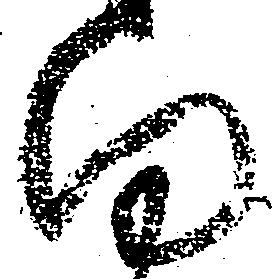
向